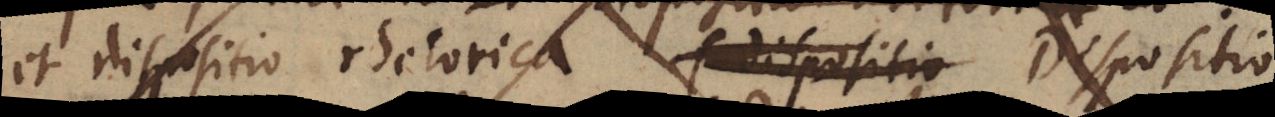
et dispositio rhetorica (dispositio Dispositio